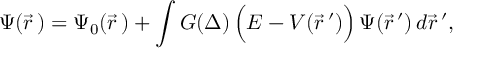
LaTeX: \Psi ( \vec { r } \, ) = \Psi _ { 0 } ( \vec { r } \, ) + \int G ( \Delta ) \, \Bigl ( E - V ( \vec { r } \, ^ { \prime } ) \Bigr ) \, \Psi ( \vec { r } \, ^ { \prime } ) \, d \vec { r } \, ^ { \prime } ,